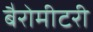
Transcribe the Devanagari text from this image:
बैरोमीटरी